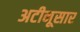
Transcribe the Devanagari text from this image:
अटीनूसार